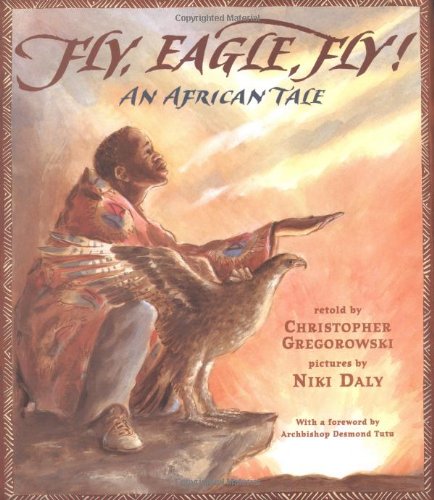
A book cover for Fly, Eagle, Fly: An African Tale; Christopher Gregorowski; Children's Books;